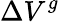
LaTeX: \Delta V^{g}